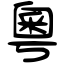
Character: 粵